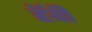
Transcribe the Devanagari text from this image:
हॅवी